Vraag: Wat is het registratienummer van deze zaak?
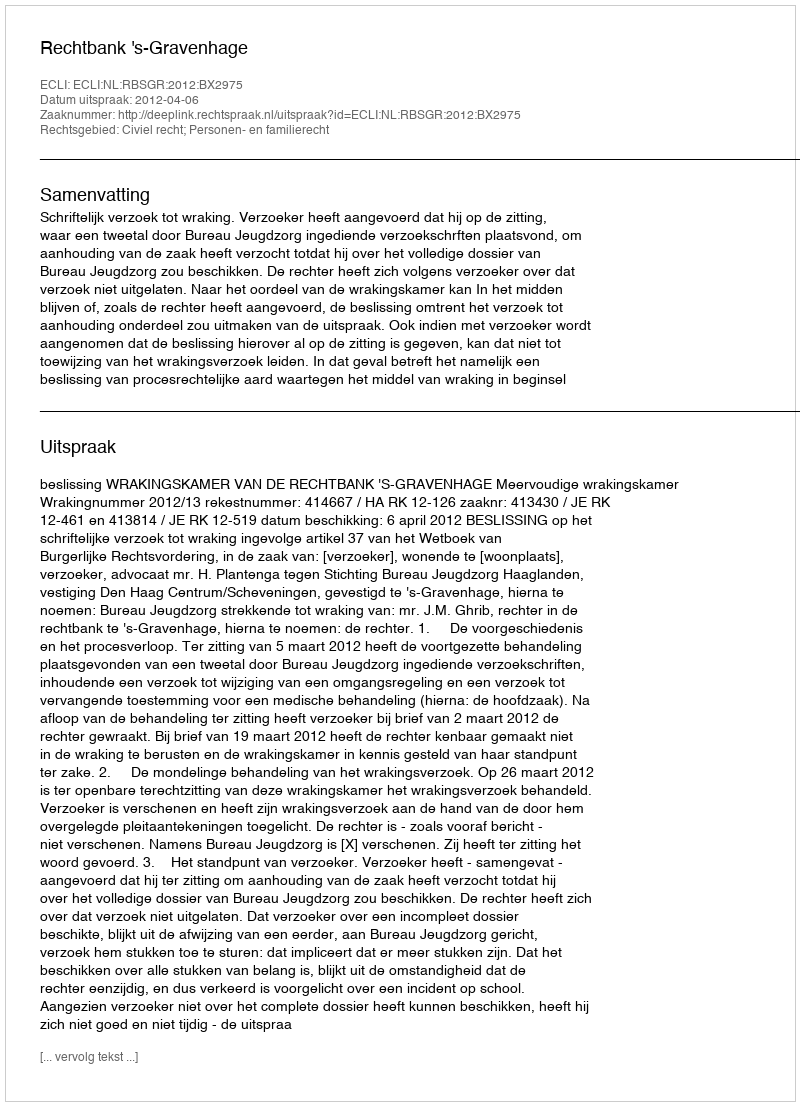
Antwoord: http://deeplink.rechtspraak.nl/uitspraak?id=ECLI:NL:RBSGR:2012:BX2975